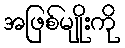
အဖြစ်မျိုးကို